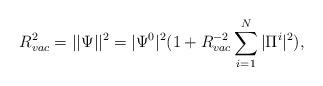
LaTeX: \begin{align*}R_{vac}^2=||\Psi||^2=|\Psi^0|^2(1+R_{vac}^{-2}\sum_{i=1}^N|\Pi^i|^2),\end{align*}